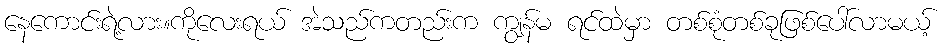
နေကောင်းရဲ့လား။ကိုလေးရယ် အဲသည်ကတည်းက ကျွန်မ ရင်ထဲမှာ တစ်စုံတစ်ခုဖြစ်ပေါ်လာမယ့်